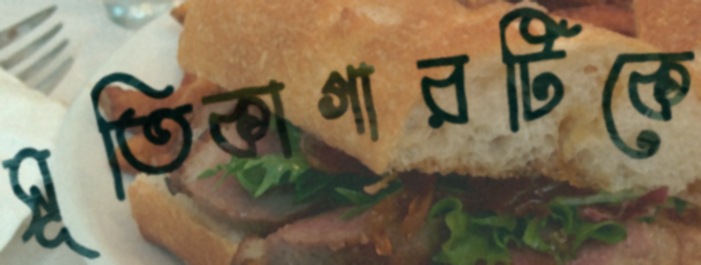
সূতিকাগারটিকে